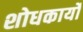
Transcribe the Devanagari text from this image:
शोधकार्यो